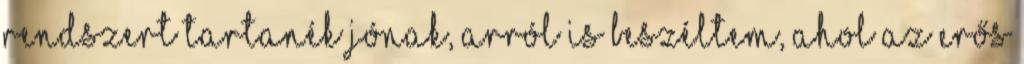
rendszert tartanék jónak, arról is beszéltem, ahol az erős